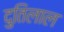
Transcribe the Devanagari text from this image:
दुतिलाल